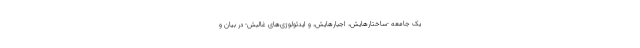
یک جامعه -ساختارهایش، اجبارهایش، و ایدئولوژی‌های غالبش- در بیان و